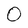
Character: 0